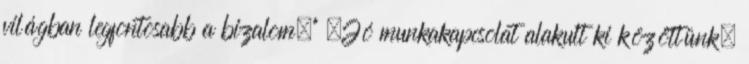
világban legfontosabb a bizalom.” „Jó munkakapcsolat alakult ki közöttünk,